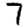
Digit: 7